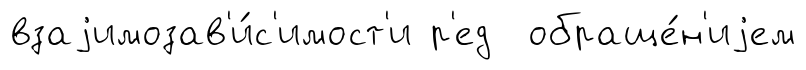
взаjимозав'и́с'имост'и р'ед обраще́н'иjем